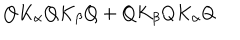
Q K _ { \alpha } Q K _ { \beta } Q + Q K _ { \beta } Q K _ { \alpha } Q